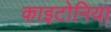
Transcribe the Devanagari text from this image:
काइटोनिया